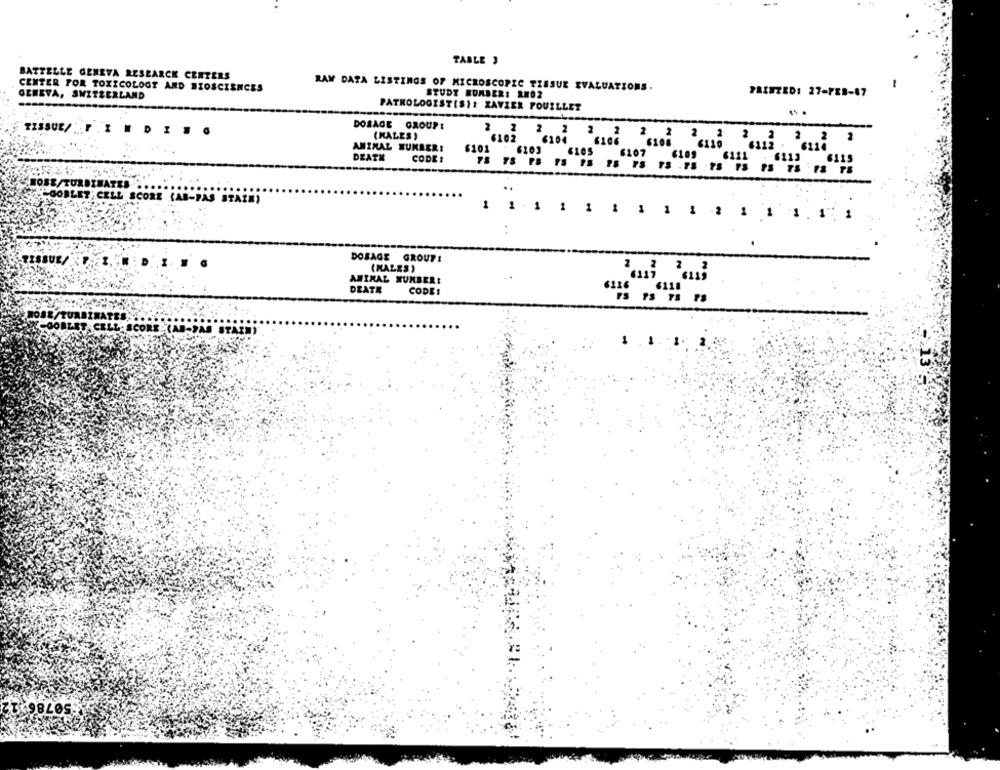
TABLE ,
BATTELLE GENEVA RESEARCH CENTERS
CENTER FOR TOXICOLOGY AND BIOSCIENCES
RAW DATA LISTINGS OF MICROSCOPIC TISSUE EVALUATIONS.
PAINTED: 27-788-87
GENEVA, SWITZERLAND
STUDY NUMBER: RNO2
PATHOLOGIST[SII XAVIER FOUILLET
..
DOSAGE GROUP:
(MALES )
2
ANIMAL WURBER!
6101
6103
6165
DEATK
CODE :
6115
DOSE/TURBINATES
-GOBLET CELL SCORE (AB-PAS STATA)
1 1 1 1 1 1 1 1 1 2 1 11.1
DOSAGE GROUP:
(KALES )
ANIMAL NUMBER:
DEATE
CODE!
6126
6118
. 1.
5078651